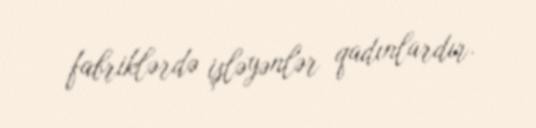
fabriklərdə işləyənlər qadınlardır.